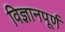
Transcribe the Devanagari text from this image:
विज्ञानपूर्ण